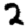
Digit: 2